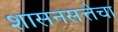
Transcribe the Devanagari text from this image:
शासनसत्तेचा